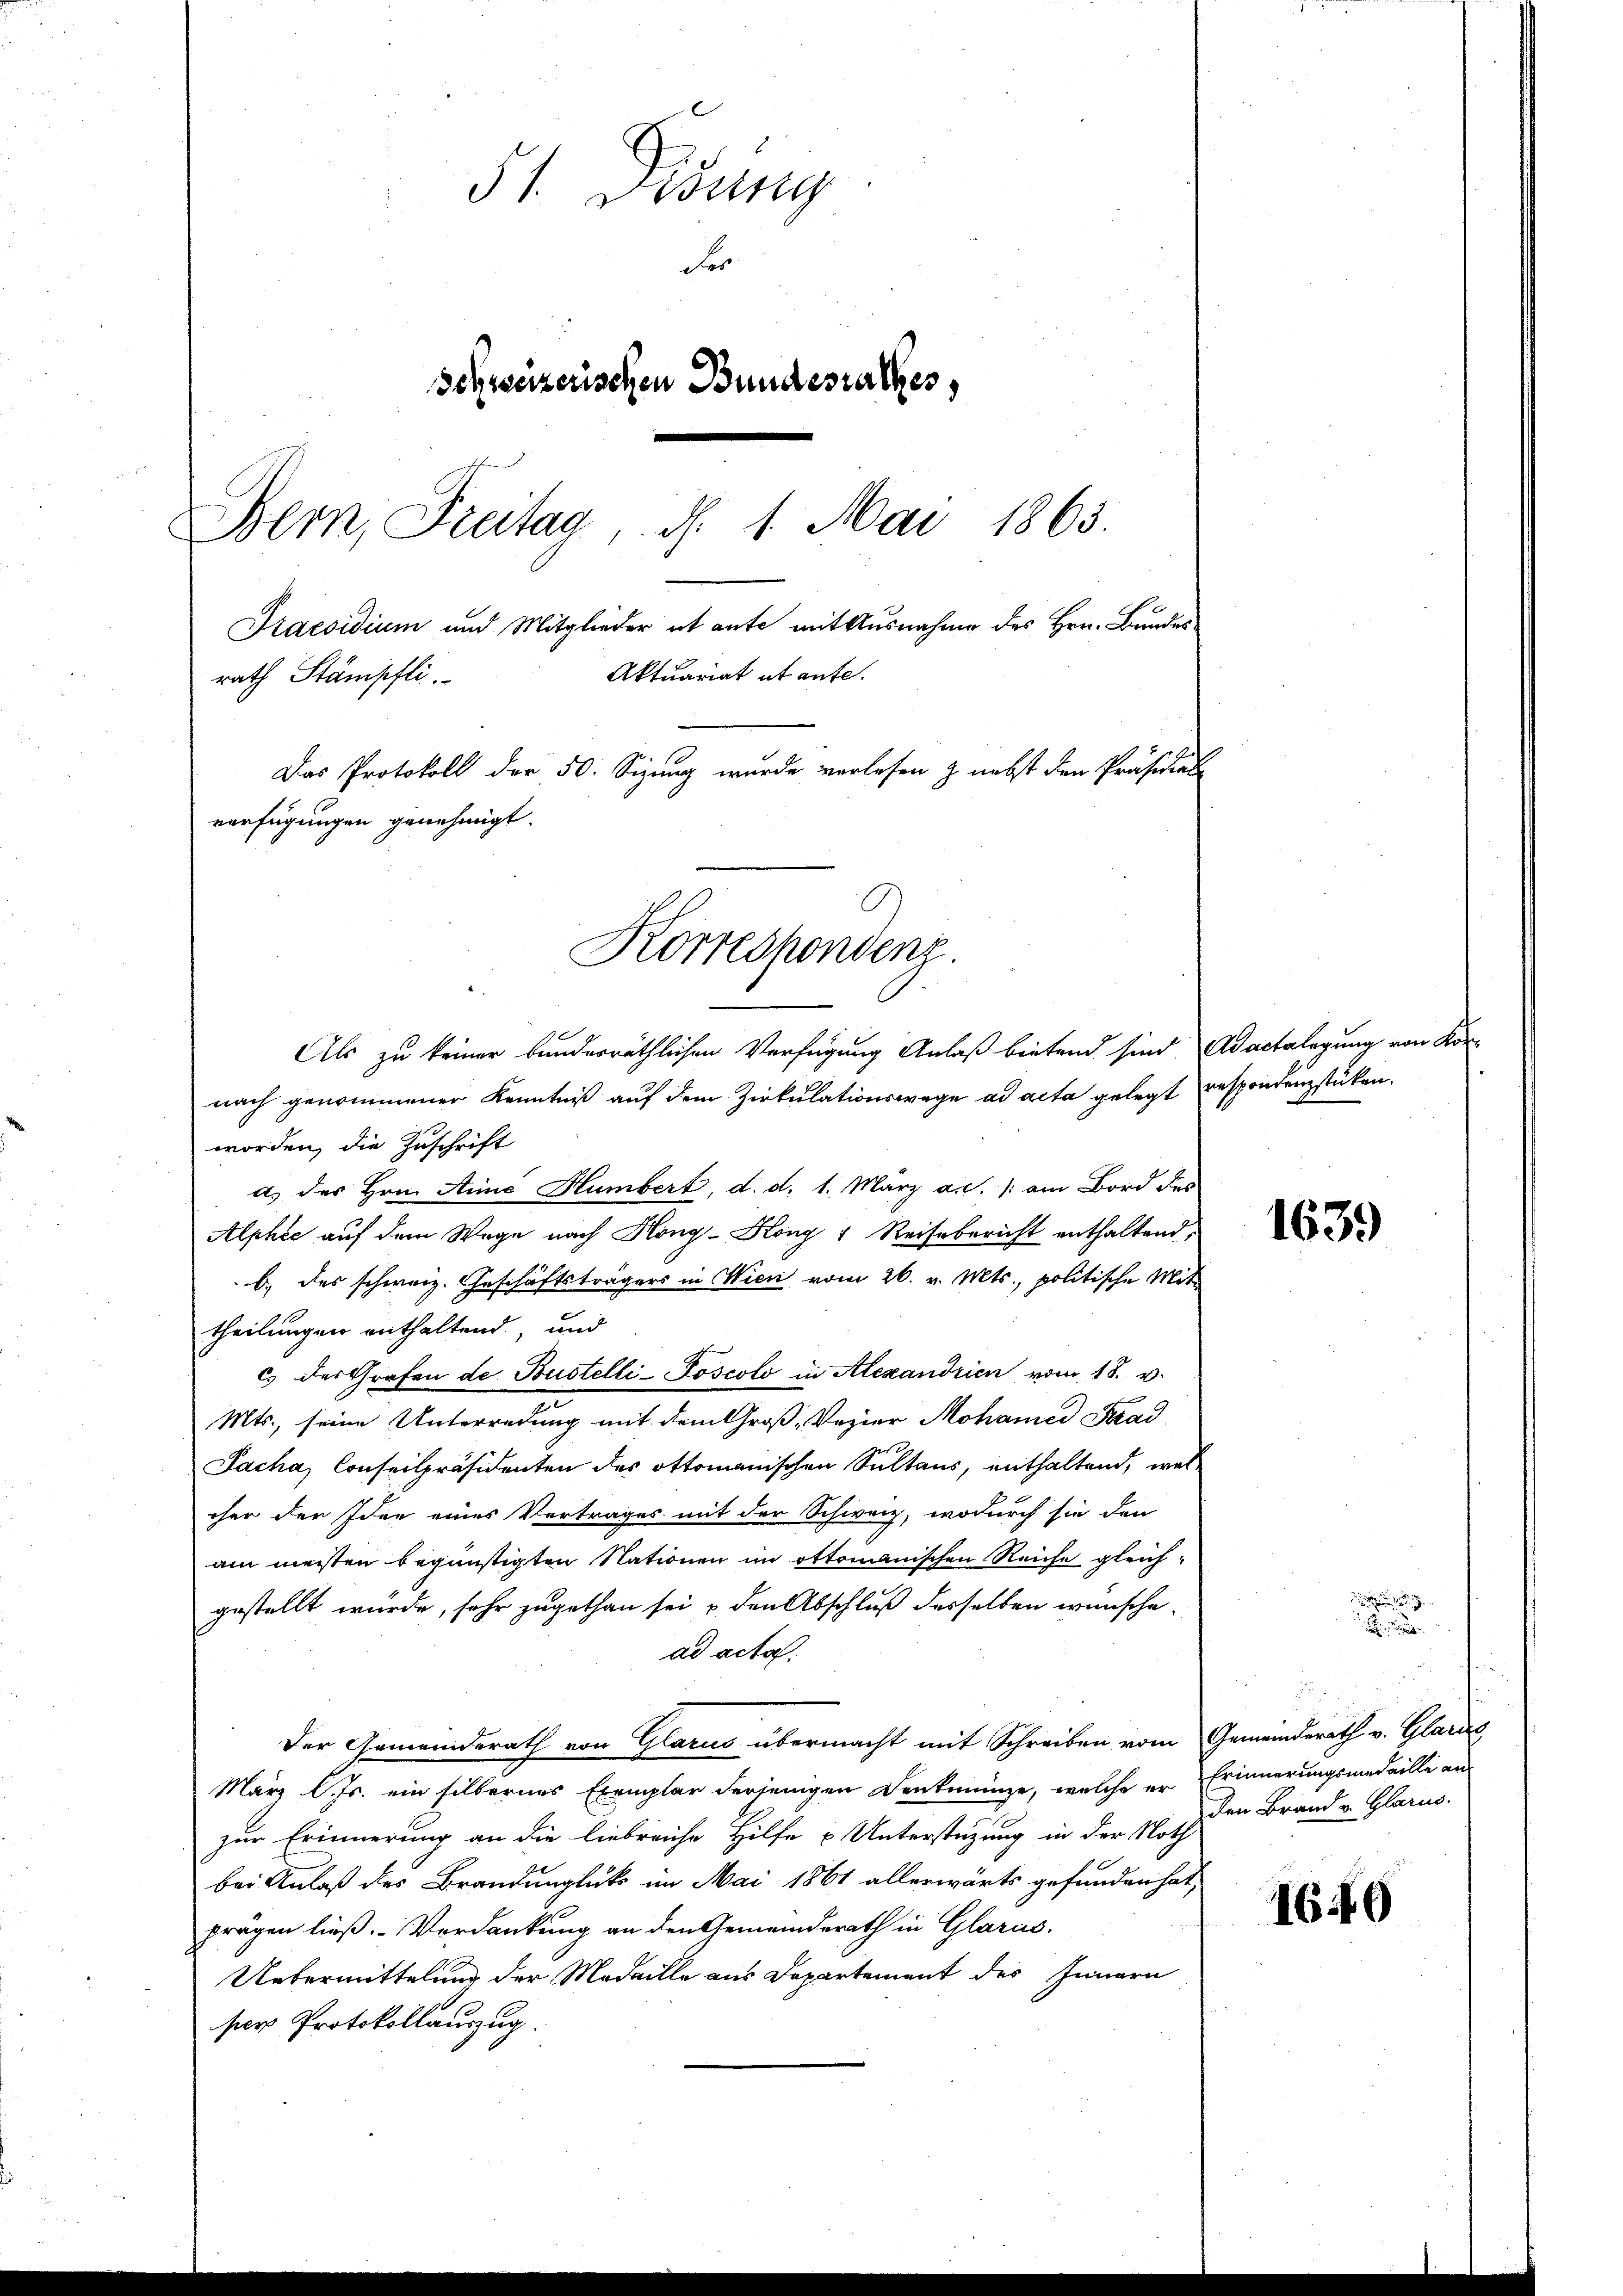
§ 1. Disung
F
Schweizerischen Bundesrathes,
Bern, Freitag, d. 1. Mai 1863.
Praesidium und Mitglieder et ante mit Ausnahme des Hrn. Bundes
Aktuariat et ante.
rath Stämpfli
Das Protokoll der 50. Sizung wurde verlesen z nebst den Präsidiale
verfügungen genehmigt.

Korrespondenz.
Als zu keiner bundesräthlichen Verfügung Anlaß bietend sind. Adactelegung von Kör-

nach genommener Kenntniß auf dem Zirkulationswege ad acta gelegt respondenzstücken.
worden, die Zuschrift
d) des Hrn. Anna Humbert, d. d. 1. März a.c. /: am Bord des
Alphie auf dem Wege nach Kong-Köng & Reisebericht enthaltend,
b. des schweiz. Geschäftsträgers in Wien vom 26. v. Mts., politische Mit-
theilungen enthaltend, und
cs des Grafen de Bustelli-Joscolo in Alexandrien vom 18. v.
Mts., seine Unterredung mit dem Groß-Vozier Mohamed Stad
Jacha, Conseilpräsidenten des Ottomanischen Sultans, enthaltend, wel
cher der Idee eines Vertrages mit der Schweiz, wodurch sie den
am meisten begünstigten Nationen im ottomanischen Reiche gleich-
gestellt wurde, sehr zugethan sei u den Abschluß desselben wünschead acta.
Der Gemeinderath von Glarus übermacht mit Schreiben vom Gemeinderath v. Glarus
März l. Js. ein silbernes Exemplar derjenigen Denkmünze, welche er Erinnerungsmedaille an
zur Erinnerung an die liebreiche Hilfe u Unterstüzung in der Noth
bei Anlaß des Brandunglüks im Mai 1861 allerwärts gefunden hat,
prägen ließ.- Verdankung an den Gemeinderath in Glarus.
Uebermittelung der Medaille aus Departement des Innern
ser Protokollauszug.

1639

100

den Brand v. Glarus.

1640